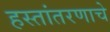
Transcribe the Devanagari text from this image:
हस्तांतरणाचे